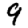
Digit: 9